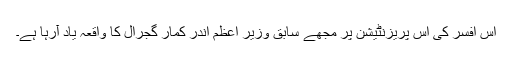
اس افسر کی اس پریزنٹیشن پر مجھے سابق وزیر اعظم اندر کمار گجرال کا واقعہ یاد آرہا ہے۔